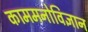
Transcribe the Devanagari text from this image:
काममनोविज्ञान